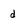
Character: d